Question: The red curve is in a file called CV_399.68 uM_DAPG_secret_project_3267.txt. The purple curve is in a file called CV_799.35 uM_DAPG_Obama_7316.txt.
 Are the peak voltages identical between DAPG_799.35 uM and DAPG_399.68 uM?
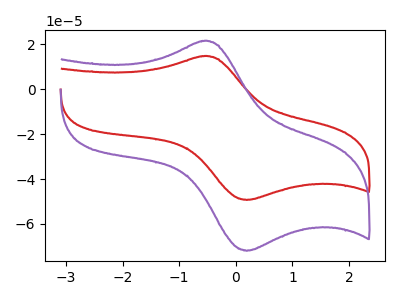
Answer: <think>The red curve "DAPG_399.68 uM" has an anodic peak at (-0.55V, 14.70uA) and a cathodic peak at (0.20V, -49.30uA). The purple curve "DAPG_799.35 uM" has an anodic peak at (-0.55V, 21.45uA) and a cathodic peak at (0.20V, -71.95uA).</think>
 <answer>Yes, "DAPG_799.35 uM" have a peak in "DAPG_399.68 uM" at the same potential.</answer>
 <eval>match</eval>